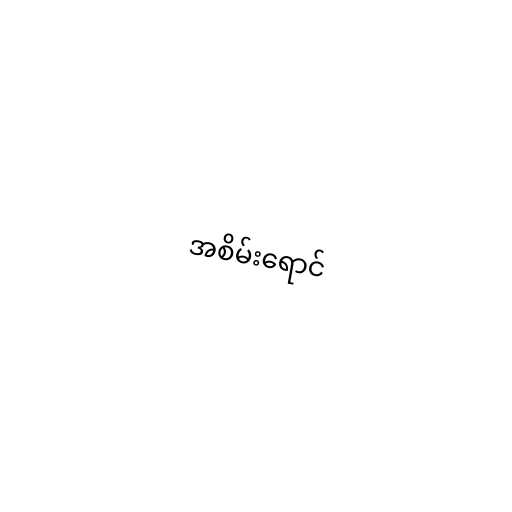
အစိမ်းရောင်